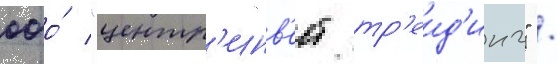
ооо́ "центр'инв'ест тр'еид'инг" /